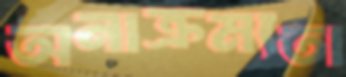
অনাক্রম্যতা